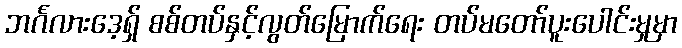
ဘင်္ဂလားဒေ့ရှ် စစ်တပ်နှင့်လွတ်မြောက်ရေး တပ်မတော်ပူးပေါင်းမှုမှာ